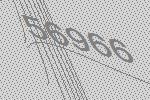
56966